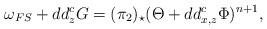
LaTeX: \begin{align*} \omega_{FS}+dd_z^c G = (\pi_2)_\star (\Theta +dd_{x,z}^c \Phi)^{n+1}, \end{align*}